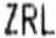
ZRL